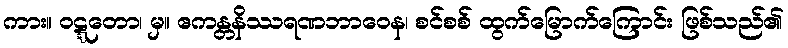
ကား။ ဝဋ္ဋတော၊ မှ။ ဧကန္တနိဿရဏဘာဝေန၊ စင်စစ် ထွက်မြောက်ကြောင်း ဖြစ်သည်၏